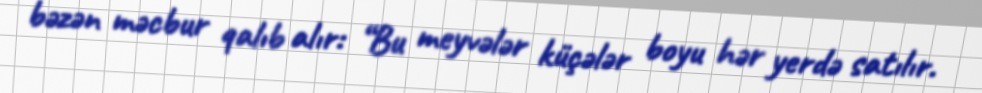
bəzən məcbur qalıb alır: “Bu meyvələr küçələr boyu hər yerdə satılır.